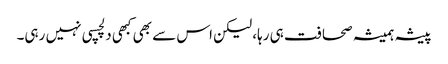
پیشہ ہمیشہ صحافت ہی رہا، لیکن اس سے بھی کبھی دلچسپی نہیں رہی۔